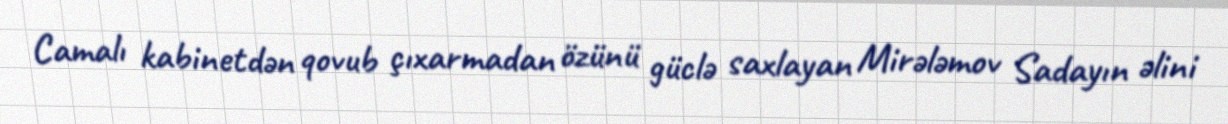
Camalı kabinetdən qovub çıxarmadan özünü güclə saxlayan Mirələmov Sadayın əlini